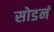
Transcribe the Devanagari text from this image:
सोडनं